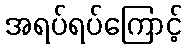
အရပ်ရပ်ကြောင့်